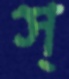
স্